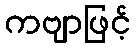
ကဗျာဖြင့်